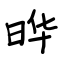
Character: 晔